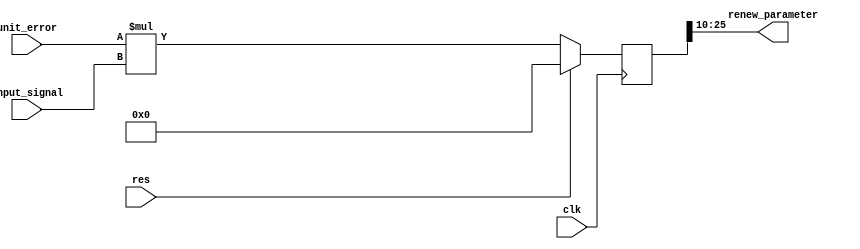
`timescale 1ns / 1ps
//////////////////////////////////////////////////////////////////////////////////
// Company: Kyushu Institute of Technology
// 
// Design Name:    Neural Network (using backpropagation)
// Module Name:    dw
// Project Name:   LSI Design Contest in Okinawa 2018
// Target Devices: 
// Tool versions: 
//
// Description: 
//			Calculation of delta2 with 2 input and 1 output
// Input : 
//		clk				: 1 bit
//		reset			: 1 bit : high active
//		unit error		: 16 bits 00_0000.0000_0000_00 signed 
//		input signal	: 16 bits 00_0000.0000_0000_00 signed 
//
// Output:
//		renew parameter: 16 bits 00_0000.0000_0000_00 signed : new parameter
//
// Dependencies: 
//
// Revision: 
// Revision 0.01 - File Created
// Additional Comments: 
//
//////////////////////////////////////////////////////////////////////////////////
module dw(clk, res, unit_error, input_signal, renew_parameter);
	input clk;
	input res;
	input signed [15:0] unit_error;
	input signed [15:0] input_signal;
	output signed [15:0] renew_parameter;

	reg signed [31:0]	q;
	
	always@(posedge clk)
	 begin
		if (res == 1'b1)
			q = 0;
		else
			q = unit_error * input_signal;
	end
	
	assign 	renew_parameter = q[25:10];

endmodule